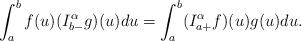
LaTeX: \begin{align*} \int^{b}_a f(u) (I^\alpha_{b-}g)(u) du = \int^{b}_a (I^\alpha_{a+}f)(u) g(u)du.\end{align*}